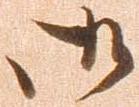
御